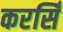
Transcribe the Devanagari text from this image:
करसिँ